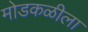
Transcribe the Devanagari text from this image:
मोडकळीला